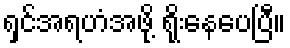
ရှင်အရဟံအဖို့ ရိုးနေပေပြီ။